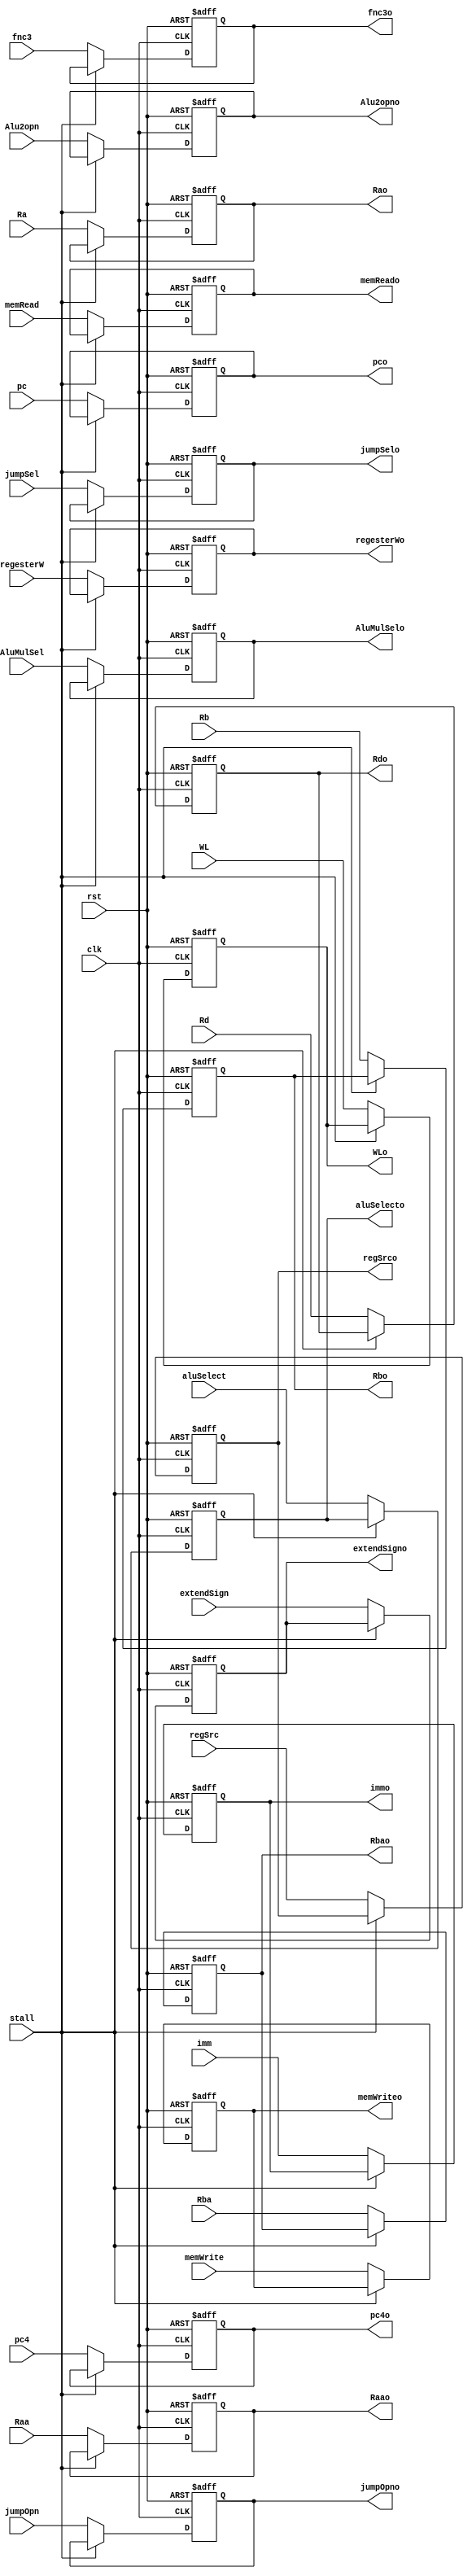
`timescale 1ns / 1ps
module IDIE (
    output reg [31:0] pco,pc4o,immo,Rao,Rbo,
    output reg [2:0] fnc3o,
    // output reg [6:0] opcodeo,
    output reg regesterWo,
    output reg [1:0] regSrco,
    output reg memReado,memWriteo,extendSigno,
    output reg [1:0] jumpSelo,
    output reg jumpOpno,AluMulSelo,
    output reg [1:0] Alu2opno,
    output reg [3:0] aluSelecto,
    output reg [4:0] Rdo,Raao,Rbao,
    output reg [1:0] WLo,
    
    input [31:0]pc,pc4,imm,Ra,Rb,
    input [2:0] fnc3,
    // input [6:0] opcode,
    input regesterW,
    input [1:0] regSrc,
    input memRead,memWrite,extendSign,
    input [1:0] jumpSel,
    input jumpOpn,AluMulSel,
    input [1:0] Alu2opn,
    input [3:0] aluSelect,
    input [4:0] Rd,Raa,Rba,
    input [1:0] WL, 
    input clk,rst,stall
);
    always @(posedge clk, negedge rst) begin
        if(!rst)begin
            pco <=0;
            pc4o <=0;
            immo <=0;
            Rao <=0;
            Rbo <=0;
            Raao<=0;
            Rbao<=0;
            // opcodeo <=0;
            fnc3o <=0;
            regesterWo <=0;
            regSrco <=0;
            memReado <=0;
            memWriteo <=0;
            Alu2opno <=0;
            aluSelecto <=0;
            extendSigno<=0;
            jumpSelo<=0;
            jumpOpno<=0;
            AluMulSelo<=0;
            Rdo<=0;
            WLo<=0;
            
        end
        else begin
            if(stall) begin
                pco<=pco;
                pc4o<=pc4o;
                immo<=immo;
                Rao<=Rao;
                Rbo<=Rbo;
                Raao<=Raao;
                Rbao<=Rbao;
                fnc3o<=fnc3o;
                regesterWo <=regesterWo;
                regSrco <=regSrco;
                memReado <=memReado;
                memWriteo <=memWriteo;
                Alu2opno <=Alu2opno;
                aluSelecto <=aluSelecto;
                extendSigno<=extendSigno;
                jumpSelo<=jumpSelo;
                jumpOpno<=jumpOpno;
                AluMulSelo<=AluMulSelo;
                Rdo<=Rdo;
                WLo<=WLo;
            end else begin
                pco<=pc;
                pc4o<=pc4;
                immo<=imm;
                Rao<=Ra;
                Rbo<=Rb;
                Raao<=Raa;
                Rbao<=Rba;
                fnc3o<=fnc3;
                // opcodeo<=opcode;
                regesterWo <=regesterW;
                regSrco <=regSrc;
                memReado <=memRead;
                memWriteo <=memWrite;
                Alu2opno <=Alu2opn;
                aluSelecto <=aluSelect;
                extendSigno<=extendSign;
                jumpSelo<=jumpSel;
                jumpOpno<=jumpOpn;
                AluMulSelo<=AluMulSel;
                Rdo<=Rd;
                WLo<=WL;
            end
        end
    end
endmodule